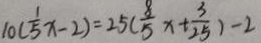
1 0 ( \frac { 1 } { 5 } x - 2 ) = 2 5 ( \frac { 8 } { 5 } x + \frac { 3 } { 2 5 } ) - 2